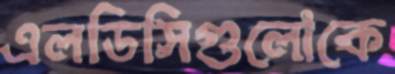
এলডিসিগুলোকে